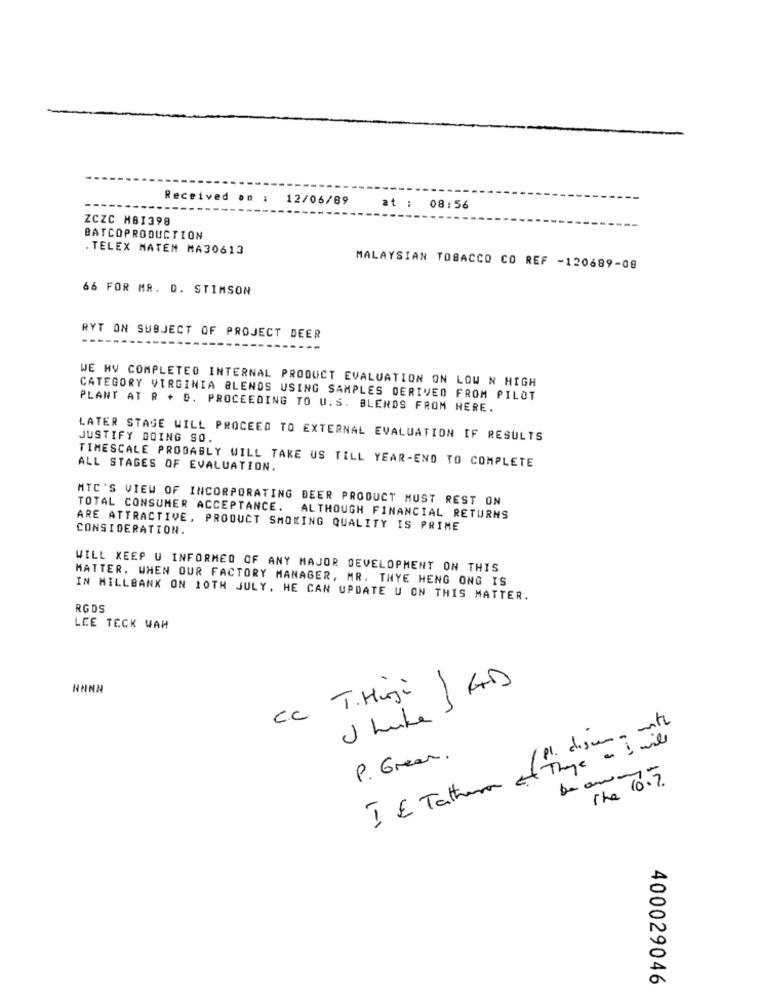
Received on : 12/06/69
at :
08:56
ZCZC H81398
BATCOPRODUCTION
. TELEX MATEM MA30613
MALAYSIAN TOBACCO CO REF -120689-08
66 FOR MR. D. STIMSON
RYT ON SUBJECT OF PROJECT DEER
WE HV COMPLETED INTERNAL PRODUCT EVALUATION ON LOW N HIGH
CATEGORY VIRGINIA BLENDS USING SAMPLES DERIVED FROM PILOT
PLANT AT R + D. PROCEEDING TO U.S. BLENDS FROM HERE.
LATER STAGE WILL PROCEED TO EXTERNAL EVALUATION IF RESULTS
JUSTIFY DOING SO.
TIMESCALE PROBABLY WILL TAKE US TILL YEAR-END TO COMPLETE
ALL STAGES OF EVALUATION.
MTC'S VIEW OF INCORPORATING DEER PRODUCT MUST REST ON
TOTAL CONSUMER ACCEPTANCE.
ALTHOUGH FINANCIAL RETURNS
CONSIDERATION.
ARE ATTRACTIVE, PRODUCT SMOKING QUALITY IS PRIME
WILL KEEP U INFORMED OF ANY MAJOR DEVELOPMENT ON THIS
MATTER. WHEN OUR FACTORY MANAGER, MR. THYE HENG ONG IS
IN MILLBANK ON 10TH JULY, HE CAN UPDATE U ON THIS MATTER.
RGDS
LEE TECK WAH
1 GD
NNNN
Cc T. Huji
/ pl. digung mit
I & Tathere of Theye a Im
P. Green.
The 10.7.
400029046